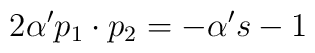
2\alpha^{\prime}p_{1}\cdot p_{2}=-\alpha^{\prime}s-1